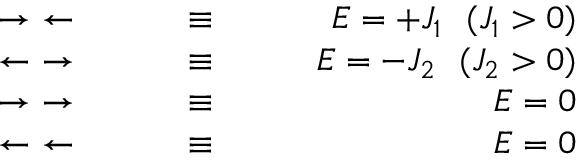
\begin{array} { r l r } { \rightarrow ~ \leftarrow ~ ~ ~ ~ ~ ~ } & { { } \equiv } & { ~ ~ ~ ~ ~ ~ E = + J _ { 1 } ~ ~ ( J _ { 1 } > 0 ) } \\ { \leftarrow ~ \rightarrow ~ ~ ~ ~ ~ ~ } & { { } \equiv } & { ~ ~ ~ ~ ~ ~ E = - J _ { 2 } ~ ~ ( J _ { 2 } > 0 ) } \\ { \rightarrow ~ \rightarrow ~ ~ ~ ~ ~ ~ } & { { } \equiv } & { ~ ~ ~ ~ ~ ~ E = 0 } \\ { \leftarrow ~ \leftarrow ~ ~ ~ ~ ~ ~ } & { { } \equiv } & { ~ ~ ~ ~ ~ ~ E = 0 } \end{array}